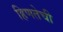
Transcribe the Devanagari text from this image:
हिणतेची